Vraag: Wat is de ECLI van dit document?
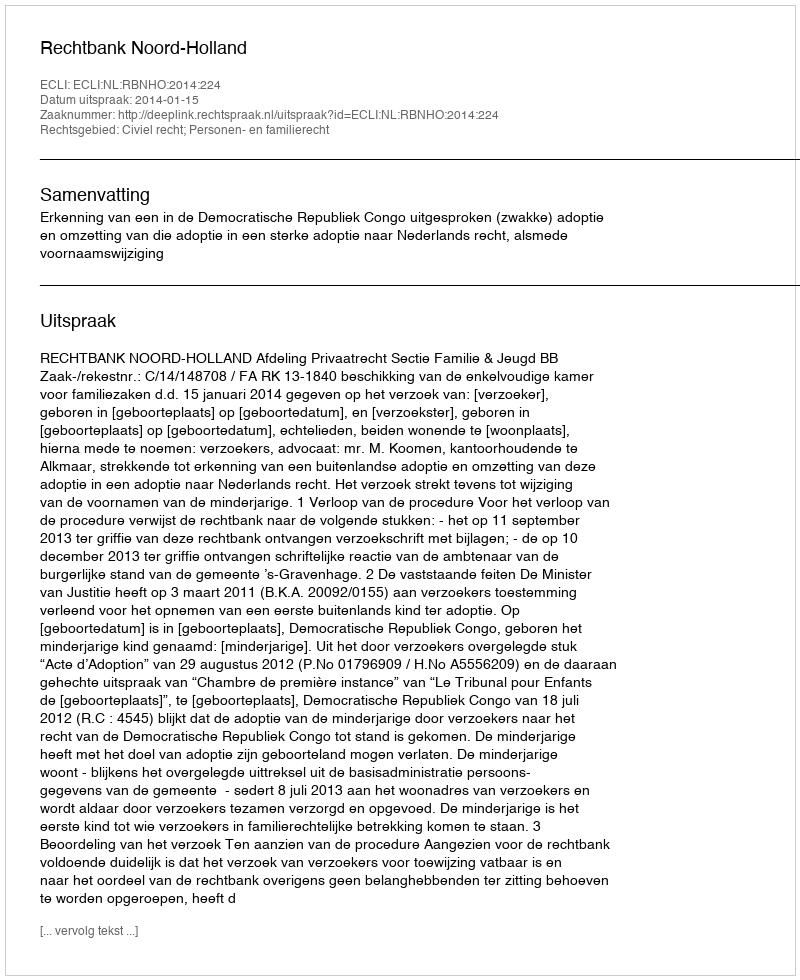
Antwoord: ECLI:NL:RBNHO:2014:224